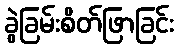
ခွဲခြမ်းစိတ်ဖြာခြင်း